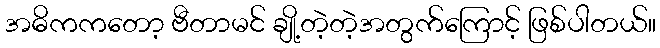
အဓိကကတော့ ဗီတာမင် ချို့တဲ့တဲ့အတွက်ကြောင့် ဖြစ်ပါတယ်။